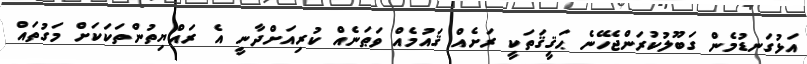
އަޅުގަނޑުމެން ގަބޫލުކުރަންޖެހޭނެ ޙަޤީޤަތަކީ ރަށެއް ޤައުމެއް ވަޠަނެއް ކުރިއަށްދާނީ އެ ރައްޔިތުންތަކަކަށް މަގުތައް